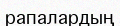
рапалардың